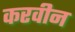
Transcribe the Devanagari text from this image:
करवीन